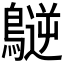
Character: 𪄧